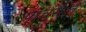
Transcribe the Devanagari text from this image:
पाचसात